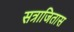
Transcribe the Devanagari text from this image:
सत्राजितास